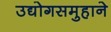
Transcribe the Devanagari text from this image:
उद्योगसमुहाने